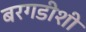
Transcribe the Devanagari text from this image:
बरगडीशी